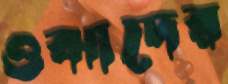
ওঝাদের